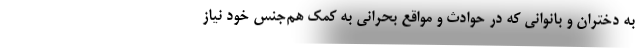
به دختران و بانوانی که در حوادث و مواقع بحرانی به کمک هم‌جنس خود نیاز